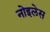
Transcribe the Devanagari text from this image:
नोइलेस